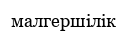
малгершілік